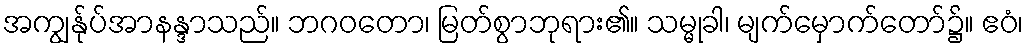
အကျွန်ုပ်အာနန္ဒာသည်။ ဘဂဝတော၊ မြတ်စွာဘုရား၏။ သမ္မုခါ၊ မျက်မှောက်တော်၌။ ဧဝံ၊